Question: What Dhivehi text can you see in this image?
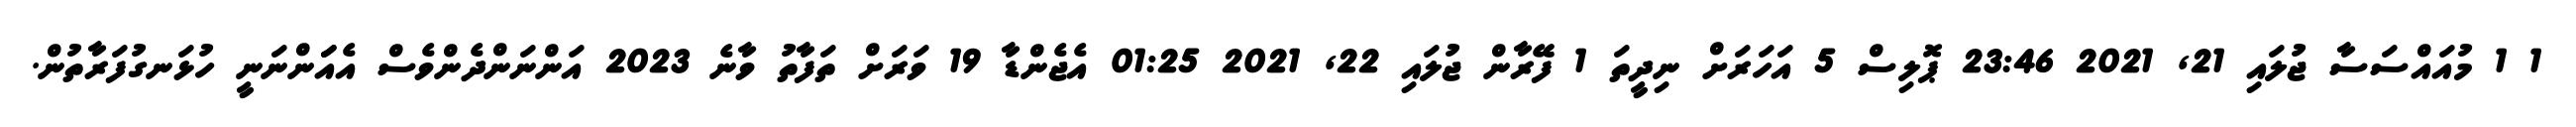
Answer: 1 1 މުއައްސަސާ ޖުލައި 21, 2021 23:46 ޕޮލިސް 5 އަހަރަށް ނިދީތަ 1 ފޭރާން ޖުލައި 22, 2021 01:25 އެޖެންޑާ 19 ވަރަށް ތަފާތު ވާނެ 2023 އަންނަންދެންވެސް އެއަަންނަނީ ހުޅަނގުފަރާތުން.